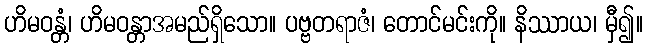
ဟိမဝန္တံ၊ ဟိမဝန္တာအမည်ရှိသော။ ပဗ္ဗတရာဇံ၊ တောင်မင်းကို။ နိဿာယ၊ မှီ၍။